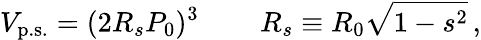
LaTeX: V_{\mathrm{p.s.}}=(2R_{s}P_{0})^{3}\, \qquad R_{s}\equiv R_{0}\sqrt{1-s^{2}}\, ,